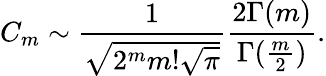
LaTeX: C_{m}\sim\frac{1}{\sqrt{2^{m}m!\sqrt{\pi}}}\frac{2\Gamma(m)}{\Gamma(\frac{m}{2})}.